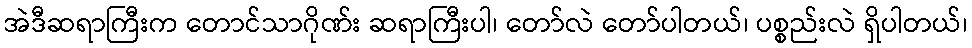
အဲဒီဆရာကြီးက တောင်သာဂိုဏ်း ဆရာကြီးပါ၊ တော်လဲ တော်ပါတယ်၊ ပစ္စည်းလဲ ရှိပါတယ်၊